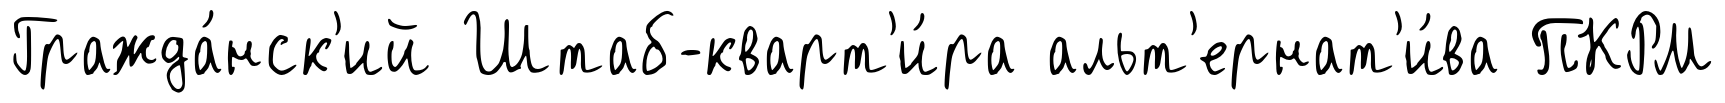
Гражда́нск'ий Штаб-кварт'и́ра альт'ернат'и́ва ПКРМ